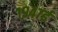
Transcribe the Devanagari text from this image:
१९४७ई